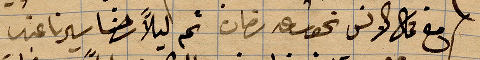
مع عمال الانس نحو ساعة ... ثم ليلًا رحنا سيرنا عند